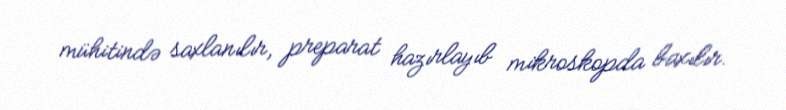
mühitində saxlanılır, preparat hazırlayıb mikroskopda baxılır.